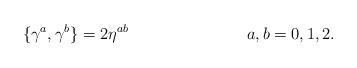
LaTeX: \begin{align*}\{\gamma^a ,\gamma^b\}=2\eta^{ab} \hspace{3cm} a,b=0,1,2.\end{align*}